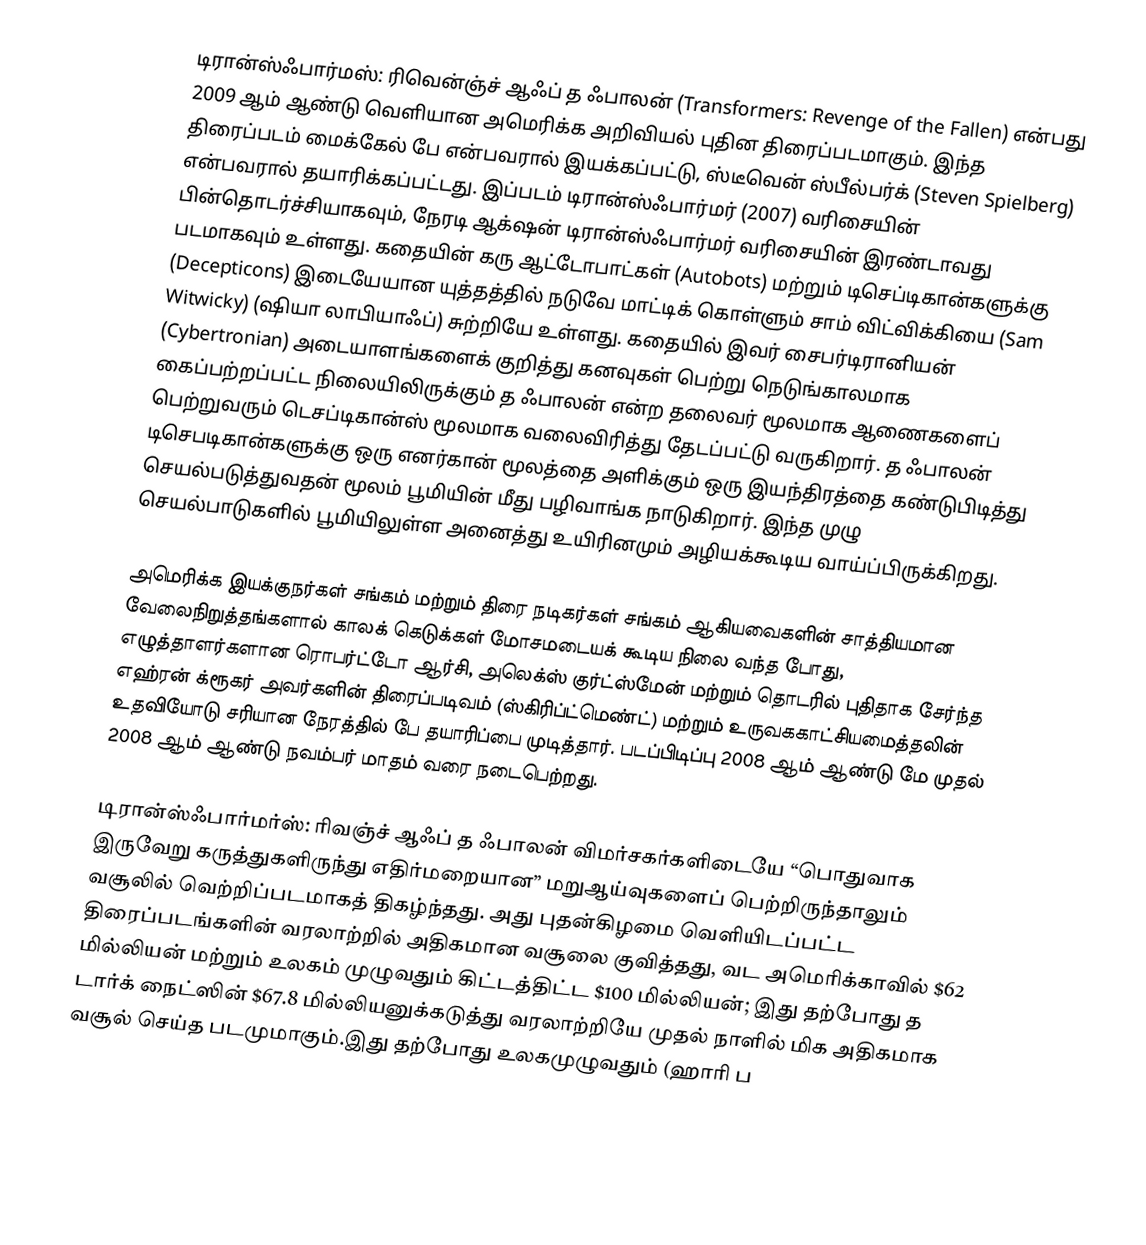
டிரான்ஸ்ஃபார்மஸ்: ரிவென்ஞ்ச் ஆஃப் த ஃபாலன் (Transformers: Revenge of the Fallen) என்பது 2009 ஆம் ஆண்டு வெளியான அமெரிக்க அறிவியல் புதின திரைப்படமாகும். இந்த திரைப்படம் மைக்கேல் பே என்பவரால் இயக்கப்பட்டு, ஸ்டீவென் ஸ்பீல்பர்க் (Steven Spielberg) என்பவரால் தயாரிக்கப்பட்டது. இப்படம் டிரான்ஸ்ஃபார்மர் (2007) வரிசையின் பின்‌தொடர்ச்சியாகவும், நேரடி ஆக்‌ஷன் டிரான்ஸ்ஃபார்மர் வரிசையின் இரண்டாவது படமாகவும் உள்ளது. கதையின் கரு ஆட்டோபாட்கள் (Autobots) மற்றும் டிசெப்டிகான்களுக்கு (Decepticons) இடையேயான யுத்தத்தில் நடுவே மாட்டிக் கொள்ளும் சாம் விட்விக்கியை (Sam Witwicky) (ஷியா லாபியாஃப்) சுற்றியே உள்ளது. கதையில் இவர் சைபர்டிரானியன் (Cybertronian) அடையாளங்களைக் குறித்து கனவுகள் பெற்று நெடுங்காலமாக கைப்பற்றப்பட்ட நிலையிலிருக்கும் த ஃபாலன் என்ற தலைவர் மூலமாக ஆணைகளைப் பெற்றுவரும் டெசப்டிகான்ஸ் மூலமாக வலைவிரித்து தேடப்பட்டு வருகிறார். த ஃபாலன் டிசெபடிகான்களுக்கு ஒரு எனர்கான் மூலத்தை அளிக்கும் ஒரு இயந்திரத்தை கண்டுபிடித்து செயல்படுத்துவதன் மூலம் பூமியின் மீது பழிவாங்க நாடுகிறார். இந்த முழு செயல்பாடுகளில் பூமியிலுள்ள அனைத்து உயிரினமும் அழியக்கூடிய வாய்ப்பிருக்கிறது.

அமெரிக்க இயக்குநர்கள் சங்கம் மற்றும் திரை நடிகர்கள் சங்கம் ஆகியவைகளின் சாத்தியமான வேலைநிறுத்தங்களால் காலக் கெடுக்கள் மோசமடையக் கூடிய நிலை வந்த போது, எழுத்தாளர்களான ரொபர்ட்டோ ஆர்சி, அலெக்ஸ் குர்ட்ஸ்மேன் மற்றும் தொடரில் புதிதாக சேர்ந்த எஹ்ரன் க்ரூகர் அவர்களின் திரைப்படிவம் (ஸ்கிரிப்ட்மெண்ட்) மற்றும் உருவககாட்சியமைத்தலின் உதவியோடு சரியான நேரத்தில் பே தயாரிப்பை முடித்தார். படப்பிடிப்பு 2008 ஆம் ஆண்டு மே முதல் 2008 ஆம் ஆண்டு நவம்பர் மாதம் வரை நடைபெற்றது.

டிரான்ஸ்ஃபார்மர்ஸ்: ரிவஞ்ச் ஆஃப் த ஃபாலன் விமர்சகர்களிடையே “பொதுவாக இருவேறு கருத்துகளிருந்து எதிர்மறையான” மறுஆய்வுகளைப் பெற்றிருந்தாலும் வசூலில் வெற்றிப்படமாகத் திகழ்ந்தது. அது புதன்கிழமை வெளியிடப்பட்ட திரைப்படங்களின் வரலாற்றில் அதிகமான வசூலை குவித்தது, வட அமெரிக்காவில் $62 மில்லியன் மற்றும் உலகம் முழுவதும் கிட்டத்திட்ட $100 மில்லியன்; இது தற்போது த டார்க் நைட்ஸின் $67.8 மில்லியனுக்கடுத்து  வரலாற்றியே முதல் நாளில் மிக அதிகமாக வசூல் செய்த படமுமாகும்.இது தற்போது உலகமுழுவதும் (ஹாரி ப